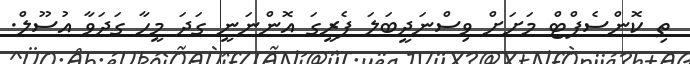
ތި ކޮންސެޕްޓް މަށަށް ވިސްނަދީބަލަ ފެރީގަ އޮންނަނީ ގަދަ މީހާ ގަދަވާ އުސޫލް.